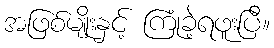
အဖြစ်မျိုးနှင့် ကြုံခဲ့ရဖူးပြီ။